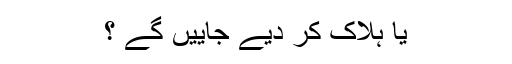
یا ہلاک کر دیے جاییں گے ؟